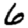
Digit: 6